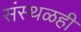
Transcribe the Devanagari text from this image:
संस्थळही